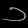
Digit: ၁